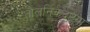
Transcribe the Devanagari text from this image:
तौलनिकदृष्टया